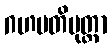
ဂဟပတိပုတ္တာ